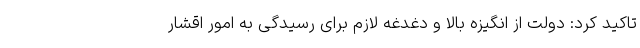
تاکید کرد: دولت از انگیزه بالا و دغدغه لازم برای رسیدگی به امور اقشار